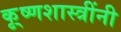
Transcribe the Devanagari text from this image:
कृ्ष्णशास्त्रींनी